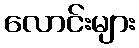
လောင်းများ